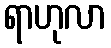
ရာဟုလာ